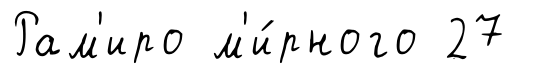
Рам'иро м'и́рного 27